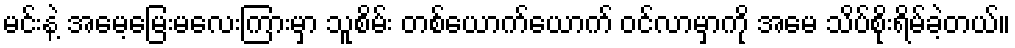
မင်းနဲ့ အမေ့မြေးမလေးကြားမှာ သူစိမ်း တစ်ယောက်ယောက် ဝင်လာမှာကို အမေ သိပ်စိုးရိမ်ခဲ့တယ်။